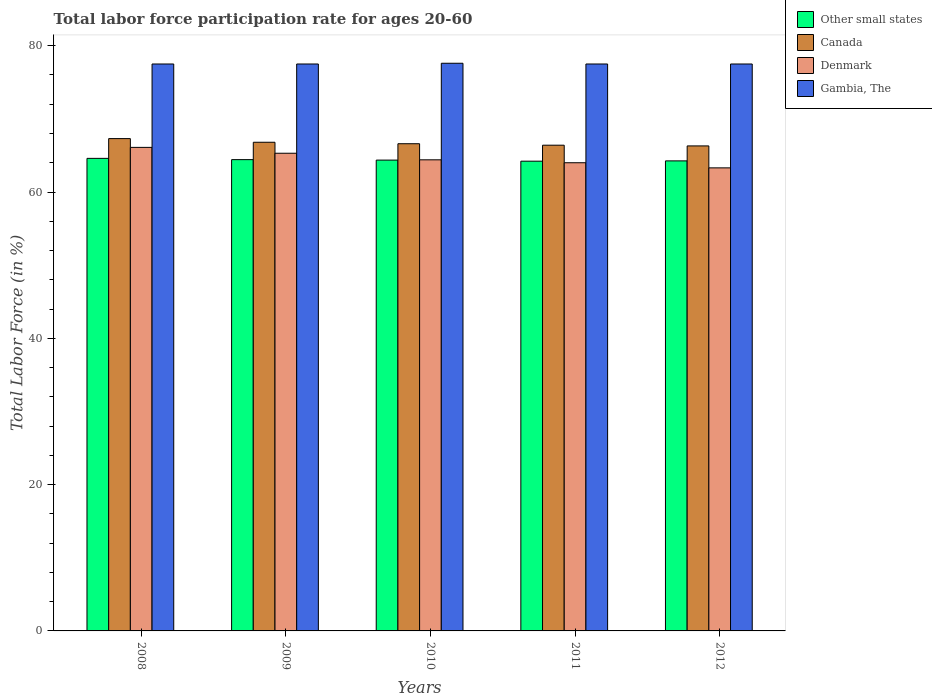
| Years | Other small states | Canada | Denmark | Gambia, The |
 | --- | --- | --- | --- | --- |
 | 2008 | 64.6 | 67.3 | 66.1 | 77.5 |
 | 2009 | 64.4 | 66.8 | 65.3 | 77.5 |
 | 2010 | 64.4 | 66.6 | 64.4 | 77.6 |
 | 2011 | 64.2 | 66.4 | 64 | 77.5 |
 | 2012 | 64.3 | 66.3 | 63.3 | 77.5 |